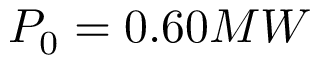
P _ { 0 } = 0 . 6 0 M W